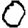
Digit: 0